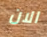
الان